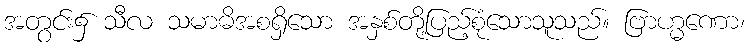
အတွင်း၌ သီလ သမာဓိအစရှိသော အနှစ်တို့ပြည့်စုံသောသူသည်။ ဗြာဟ္မဏော၊